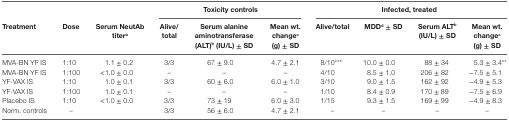
<table><thead><tr><td></td><td></td><td></td><td colspan="3"><b>Toxicity controls</b></td><td colspan="4"><b>Infected, treated</b></td></tr><tr><td><b>Treatment</b></td><td><b>Dose</b></td><td><b>Serum NeutAb titer<sup>a</sup></b></td><td><b>Alive/total</b></td><td><b>Serum alanine aminotransferase (ALT)<sup>b</sup> (IU/L) ± SD</b></td><td><b>Mean wt. change<sup>c</sup> (g) ± SD</b></td><td><b>Alive/total</b></td><td><b>MDD<sup>d</sup> ± SD</b></td><td><b>Serum ALT<sup>b</sup> (IU/L) ± SD</b></td><td><b>Mean wt. change<sup>c</sup> (g) ± SD</b></td></tr></thead><tbody><tr><td>MVA-BN YF IS</td><td>1:10</td><td>1.1 ± 0.2</td><td>3/3</td><td>67 ± 9.0</td><td>4.7 ± 2.1</td><td>8/10***</td><td>10.0 ± 0.0</td><td>88 ± 34</td><td>5.3 ± 3.4**</td></tr><tr><td>MVA-BN YF IS</td><td>1:100</td><td>&lt;1.0 ± 0.0</td><td>–</td><td>–</td><td>–</td><td>4/10</td><td>8.5 ± 1.0</td><td>206 ± 82</td><td>−7.5 ± 5.1</td></tr><tr><td>YF-VAX IS</td><td>1:10</td><td>1.0 ± 0.1</td><td>3/3</td><td>60 ± 6.0</td><td>6.0 ± 1.0</td><td>3/10</td><td>9.0 ± 1.5</td><td>162 ± 92</td><td>−4.9 ± 5.3</td></tr><tr><td>YF-VAX IS</td><td>1:100</td><td>1.0 ± 0.1</td><td>–</td><td>–</td><td>–</td><td>1/10</td><td>8.4 ± 0.9</td><td>170 ± 89</td><td>−7.5 ± 6.9</td></tr><tr><td>Placebo IS</td><td>1:10</td><td>&lt;1.0 ± 0.0</td><td>3/3</td><td>73 ± 19</td><td>6.0 ± 3.0</td><td>1/15</td><td>9.3 ± 1.5</td><td>169 ± 99</td><td>−4.9 ± 8.3</td></tr><tr><td>Norm. controls</td><td>–</td><td></td><td>3/3</td><td>56 ± 6.0</td><td>4.7 ± 2.1</td><td>–</td><td>–</td><td>–</td><td>–</td></tr></tbody></table>